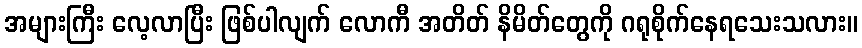
အများကြီး လေ့လာပြီး ဖြစ်ပါလျက် လောကီ အတိတ် နိမိတ်တွေကို ဂရုစိုက်နေရသေးသလား။